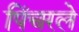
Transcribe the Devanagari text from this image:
पिंचरले